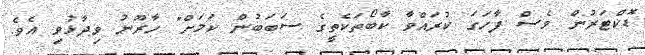
ޑޮކްޓަރުން ވެސް ފާހަގަ ކުރައްވާ ކާބޯތަކެތީގެ ސަބަބުން ކަމަށް" ހާރޫނު ވިދާޅުވި އެވެ.